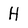
Character: H